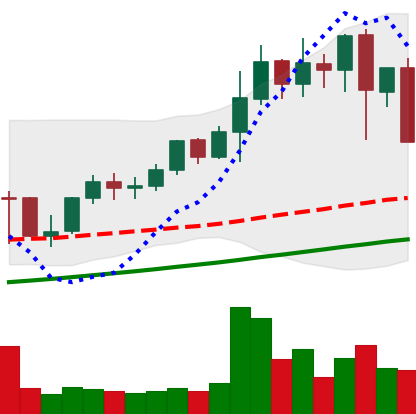
Ticker: LINK-USD
Chart end date: 2021-05-12
Forward return: -9.356%
Label: down_7plus